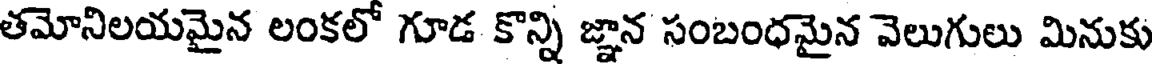
తమోనిలయమైన లంకలో గూడ కొన్ని జ్ఞాన సంబంధమైన వెలుగులు మినుకు